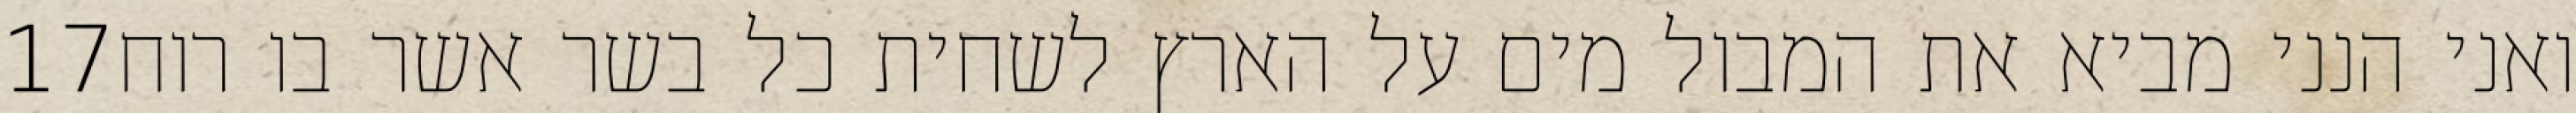
‎17‏ ואני הנני מביא את המבול מים על הארץ לשחית כל בשר אשר בו רוח